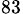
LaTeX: _{83}